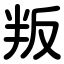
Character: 叛